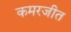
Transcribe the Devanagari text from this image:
कमरजीत